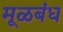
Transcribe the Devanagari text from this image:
मूळबंध